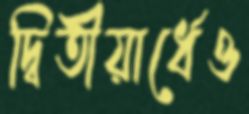
দ্বিতীয়ার্ধেও